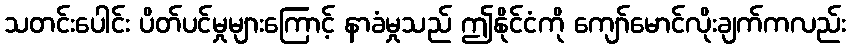
သတင်းပေါင်း ပိတ်ပင်မှုများကြောင့် နာခံမှုသည် ဤနိုင်ငံကို ကျော်မောင်လိုးချက်ကလည်း